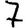
Digit: 7